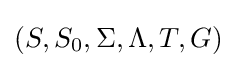
(S,S_{0},\Sigma ,\Lambda ,T,G)